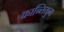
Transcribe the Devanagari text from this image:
क्रान्तियुग